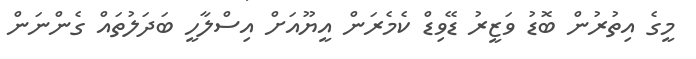
މީގެ އިތުރުން ބޮޑު ވަޒީރު ޑޭވިޑް ކެމެރަން އީޔޫއަށް އިސްލާހީ ބަދަލުތައް ގެންނަން